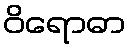
ဝိရောဓာ